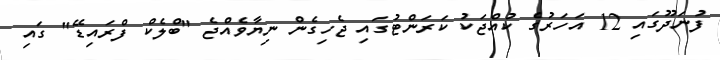
ފުނަދޫގައި 12 އަހަރުގެ ކުއްޖަކު ކަރަންޓުގައި ޖެހިގެން ނިޔާވެއްޖެ "ބްލެކް ފްރައިޑޭ" ގައި